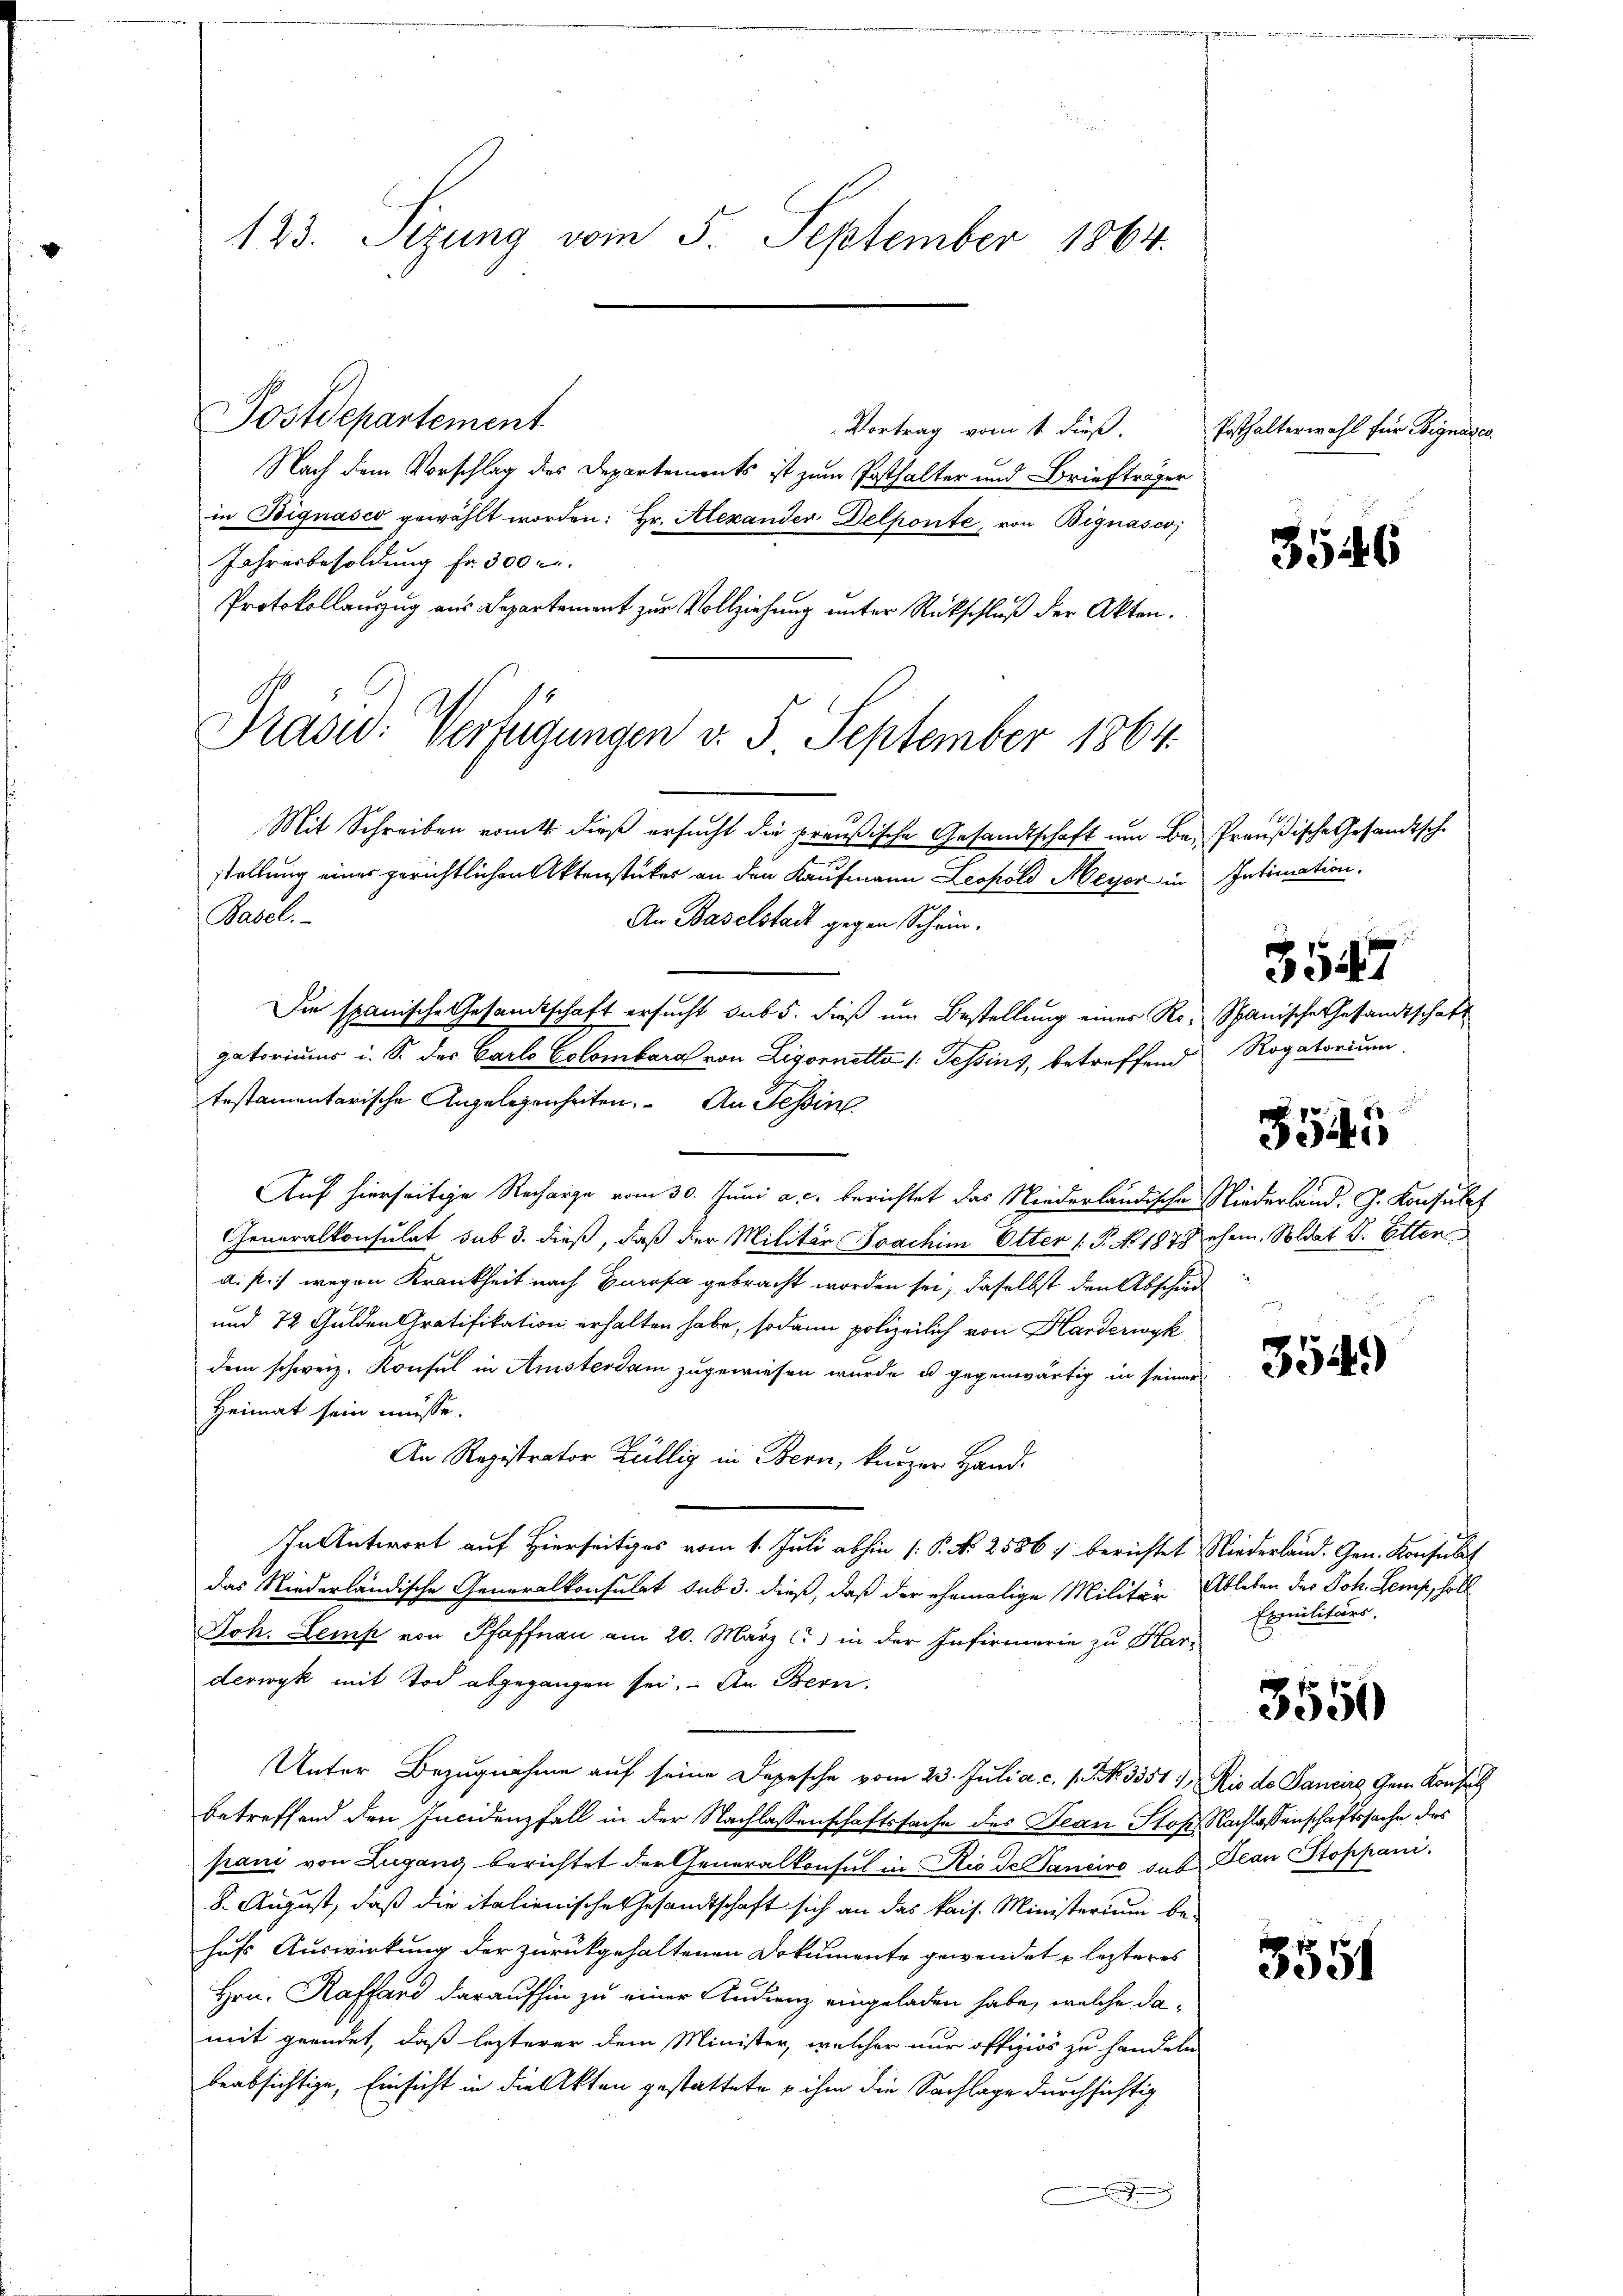
123. Sizung vom 5. September 1864.

Präsid. Verfügungen v. 5. September 1864.

Postdepartement
Vortrag vom 1. dieß.
Nach dem Vorschlag des Departements ist zum Posthalter und Briefträger
in Bignasco gewählt worden: Hr. Alexander Delponte, von Bignasco
Jahresbesoldung fr. 300 r.
Protokollanzug aus Departement zur Vollziehung unter Rückschluß der Akten.
Mit Schreiben womit dieß ersucht die preußische Gesandtschaft um Bestellung eines gerichtlichen Aktenstücker an den Kaufmann Leopold Meyer in
Basel.
An Baselstadt gegen Schein-
Die spanische Gesandtschaft ersucht sub 5. dieß um Bestellung einer Regatoriums i. S. des Carlo Colombara von Ligornetta /: Tessins, betreffend
testamentarische Angelegenheiten. An Tessin
Auf hierseitige Recharge vom 30. Juni a.c. berichtet das Niederländische Niederland. G. Konsulat
Generalkonsulat sub 3. dieß, daß der Militär Joachim Otter /: P. No. 1878 ehem. Soldat Dr. Etten
a. p. wegen Krankheit nach Europa gebracht worden sei, daselbst den Abschied
und 72 Gulden Gratifikation erhalten habe, sodann polizeilich von Harderwyk
dem schweiz. Konsul in Amsterdam zugewiesen wurde u. gegenwärtig in seinen
Heimat sein müsse.
An Registrator Züllig in Bern, kurzer Hand.
In Antwort auf Hierseitiges vom 1. Juli abhin (: P. Nr. 2586) berichtet Niederland. Gen. Konsulat
das Niederländische Generalkonsulat sub 3. dieß, daß der ehemalige Militär Ableben des Joh. Semp, holl
Joh. Lemp von Pfaffnau am 20. März (: in der Infirmerie zu Har-
derwyk mit Tod abgegangen sei. An Bern.
Unter Bezugnahme auf seine Depesche vom 23. Juli a. c. s. Z. 3351), Rio de Sancire Gem Konsul
betreffend den Incidenzfall in der Nachlassenschaftssache des Jean Stop. Nachlassenschaftssache des
pani von Lugang berichtet der Generalkonsul in Rio de Sanciro sus Jean Stoppani
8. August, daß die italienische Gesandtschaft sich an das kais. Ministerium behufs Auswirkung der zurückgehaltenen Dokumente gewendet lezteres
Hrn. Kaffend daraufhin zu einer Audienz eingeladen habe, welche damit gründet, daß lezterer dem Minister, welcher nur offiziös zu handeln,
beabsichtige, Einsicht in die Akten gestattete ihm die Sachlage durchsichtig

Posthalterwahl für Begnades.

3546

Preußische Gesandtsche
IIntimation.
3547
Spanische Gesandtschaft
Rogatorium
3545

3549)

Exmilitärs,

3550

3551